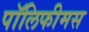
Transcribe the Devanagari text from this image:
पॉलिफीमस